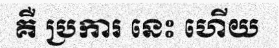
គឺ ប្រការ នេះ ហើយ